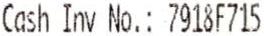
CASH INV NO.: 7918F715